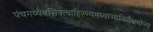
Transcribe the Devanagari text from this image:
पंचगव्येनसिक्त्वाहिरण्यमध्वाज्यतिलैश्चयोज्य